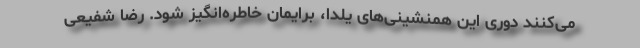
می‌کنند دوری این همنشینی‌های یلدا، برایمان خاطره‌انگیز شود. رضا شفیعی